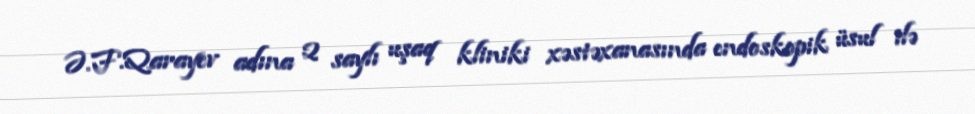
Ə.F.Qarayev adına 2 saylı uşaq kliniki xəstəxanasında endoskopik üsul ilə